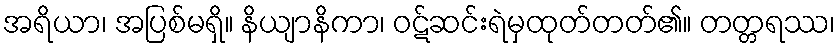
အရိယာ၊ အပြစ်မရှိ။ နိယျာနိကာ၊ ဝဋ်ဆင်းရဲမှထုတ်တတ်၏။ တတ္တရဿ၊